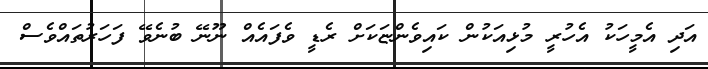
އަދި އެމީހަކު އެހުރީ މުޅިއަކުން ކައިވެންޏަކަށް ރެޑީ ވެފައެއް ނޫނޭ ބުނެވޭ ފަހަރުތައްވެސް